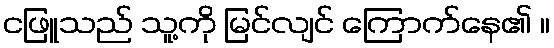
ငဖြူသည် သူ့ကို မြင်လျင် ကြောက်နေ၏ ။